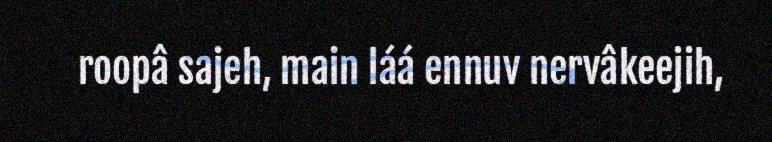
roopâ sajeh, main láá ennuv nervâkeejih,